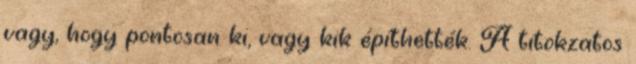
vagy, hogy pontosan ki, vagy kik építhették. A titokzatos